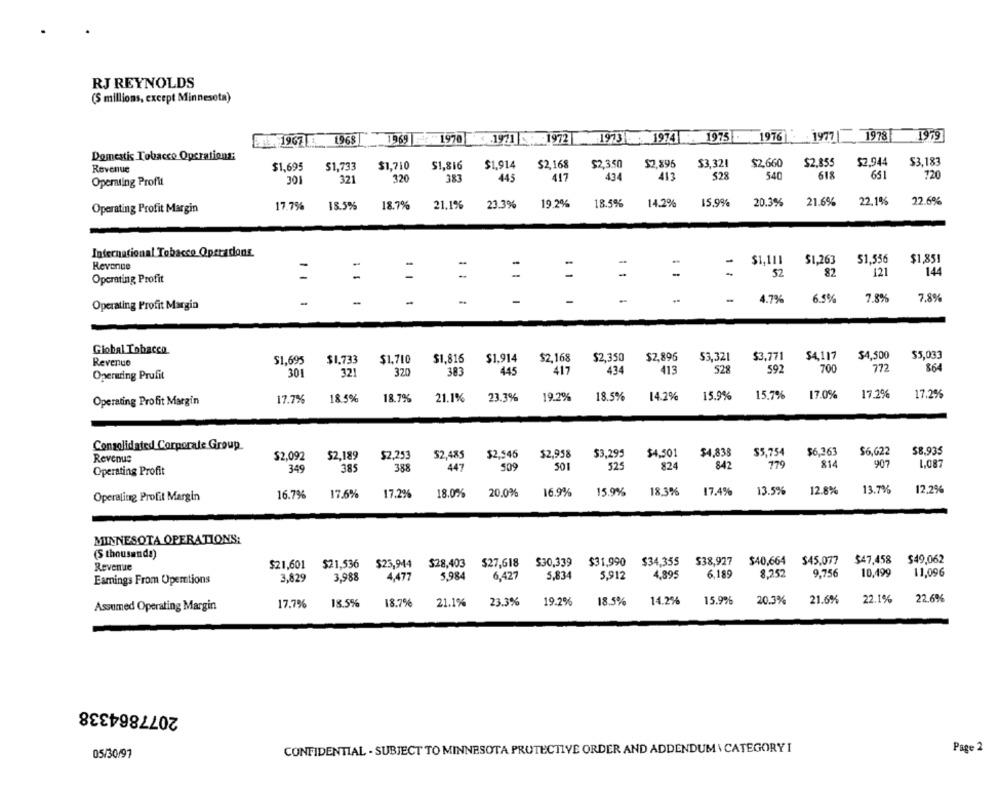
RJ REYNOLDS
(S millions, except Minnesota)
1967 1968
1969 : 1970
-1971 : 1972|
1973 1974
1975 - 1976
1977 1978 1979
Demestis Tobacco Operations:
$1,695
$1,733
$1,710
$1,816
$1.914
$2.168
$2,3.50
52,896
$3,321
$2,660
$2.855
$2.944
$3,183
Revenue
528
540
618
651
720
Operating Profit
301
321
320
383
445
417
434
413
17.7%
18.5%
18.7%
21,1%
23.3%
19.2%
18.5%
14.2%
15.9%
20.3%
21.6%
22,1%
22.6%
Operating Profit Margin
International Tobacco Operations
-
-
-
$1,111
$1,263
$1,556
$1,851
Revenue
1
-
-
-
52
82
121
144
Operating Profit
1
-
4.7%
6.5%
7.8%
7.8%
Operating Profit Margin
Global Tobacco
$2.168
$2,350
$2,896
$3,321
$3.771
$4,500
$5,033
Revenue
$1,695
$1.733
$1,710
$1,816
$1.914
$4,117
301
321
320
383
445
417
434
413
528
592
700
772
864
Operating Profit
14.2%
15.9%
15.7%
17.0%
17.2%
17.2%
Operating Profit Margin
17.7%
18.5%
18.7%
21.1%
23.3%
19.2%
18.5%
Consolidated Corporate Group
$4,838
$5,754
$6,263
$6,622
$8.935
Revenus
$2,092
$2,189
$2.253
$2,485
$2,546
$2,958
$3.295
$4,501
349
385
388
447
509
501
525
824
842
779
814
907
1.087
Operating Profit
13.5%
12.8%
13.7%
12.2%
Operating Profit Margin
16.7%
17.6%
17.2%
18.0%
20.0%
16.9%
15.9%
18,3%
17.4%
MINNESOTA OPERATIONS:
(S thousanda)
$23,944
$27,618
$30,339
$31,990 $34,355
$38,927 $40,664 $45,077 $47,458
$49,062
Revenue
$21,601
$21,536
$28,403
3,829
3,988
4,477
5.984
6,427
5,834
5.912
4,895
6,189
8,252
9.756
10,499
11,096
Eamings From Operations
18.5%
21.1%
23.3%
19.2%
18.5%
14.2%
15.9%
20.3%
21.6%
22.1%
22.6%
Assumed Operating Margin
17.7%
18.7%
2077864338
CONFIDENTIAL - SUBJECT TO MINNESOTA PROTECTIVE ORDER AND ADDENDUM \ CATEGORY I
Page 2
05/30/97